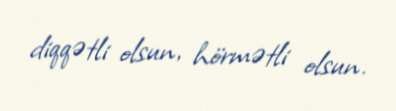
diqqətli olsun, hörmətli olsun.